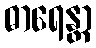
ဓာရေန္တာ